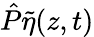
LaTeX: \hat{P}\tilde{\eta}(z,t)